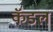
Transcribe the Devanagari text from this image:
कॅडल